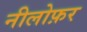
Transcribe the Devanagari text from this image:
नीलोफ़र